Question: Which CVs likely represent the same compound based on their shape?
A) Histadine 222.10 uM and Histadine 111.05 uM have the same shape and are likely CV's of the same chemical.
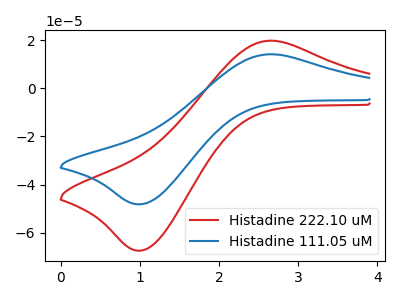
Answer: <think>The red curve "Histadine 222.10 uM" has an anodic peak at (2.65V, 19.70uA) and a cathodic peak at (1.00V, -67.35uA). The blue curve "Histadine 111.05 uM" has an anodic peak at (2.65V, 14.10uA) and a cathodic peak at (1.00V, -48.10uA).
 All the peaks in "Histadine 222.10 uM" have a peak in "Histadine 111.05 uM" at the same potential. Every peak in "Histadine 222.10 uM" is higher than every peak in "Histadine 111.05 uM".</think>
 <answer>A) "Histadine 222.10 uM" and "Histadine 111.05 uM" have the same shape and are likely CV's of the same chemical.</answer>
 <eval>A</eval>